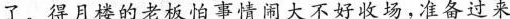
了，得月楼的老板怕事情闹大不好收场，准备过来